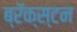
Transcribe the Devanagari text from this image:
ब्रॅक्स्टन